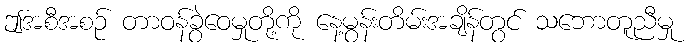
ဤအစီအစဉ် တာဝန်ခွဲဝေမှုတို့ကို နေ့မွန်းတိမ်းအချိန်တွင် သဘောတူညီမှု